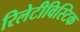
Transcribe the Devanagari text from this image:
रिलेटीविस्टिक